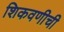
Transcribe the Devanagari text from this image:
शिकवणीची